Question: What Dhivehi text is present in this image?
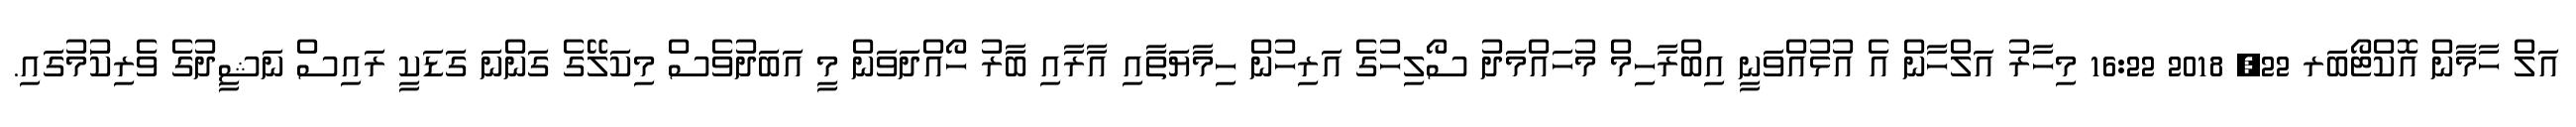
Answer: އަލް ހާމާން އޮކްޓޯބަރ 22, 2018 16:22 މިހާރު އަލްހާން އެ އުޅުއްވަނީ އިބްރާހިމް މުހައްމަދު ސޯލިހުގެ އަރިހުން ހިމާޔަތާއި އާރާއި ބާރު ހޯއްދަވަން މީ އަބަދުވެސް މިކަލޭގެ ގަންނަ ގަޑަކީ ރައިސް ނަޝީދުގެ ވެރިކަުމުގައި.